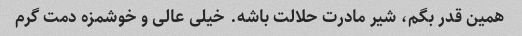
همین قدر بگم، شیر مادرت حلالت باشه. خیلی عالی و خوشمزه دمت گرم